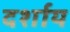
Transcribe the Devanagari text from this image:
दर्शाय